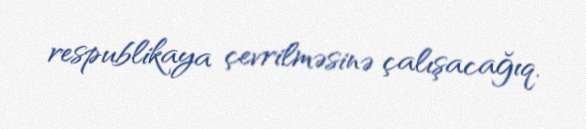
respublikaya çevrilməsinə çalışacağıq.